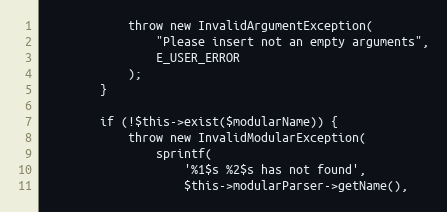
Language: PHP
            throw new InvalidArgumentException(
                "Please insert not an empty arguments",
                E_USER_ERROR
            );
        }

        if (!$this->exist($modularName)) {
            throw new InvalidModularException(
                sprintf(
                    '%1$s %2$s has not found',
                    $this->modularParser->getName(),